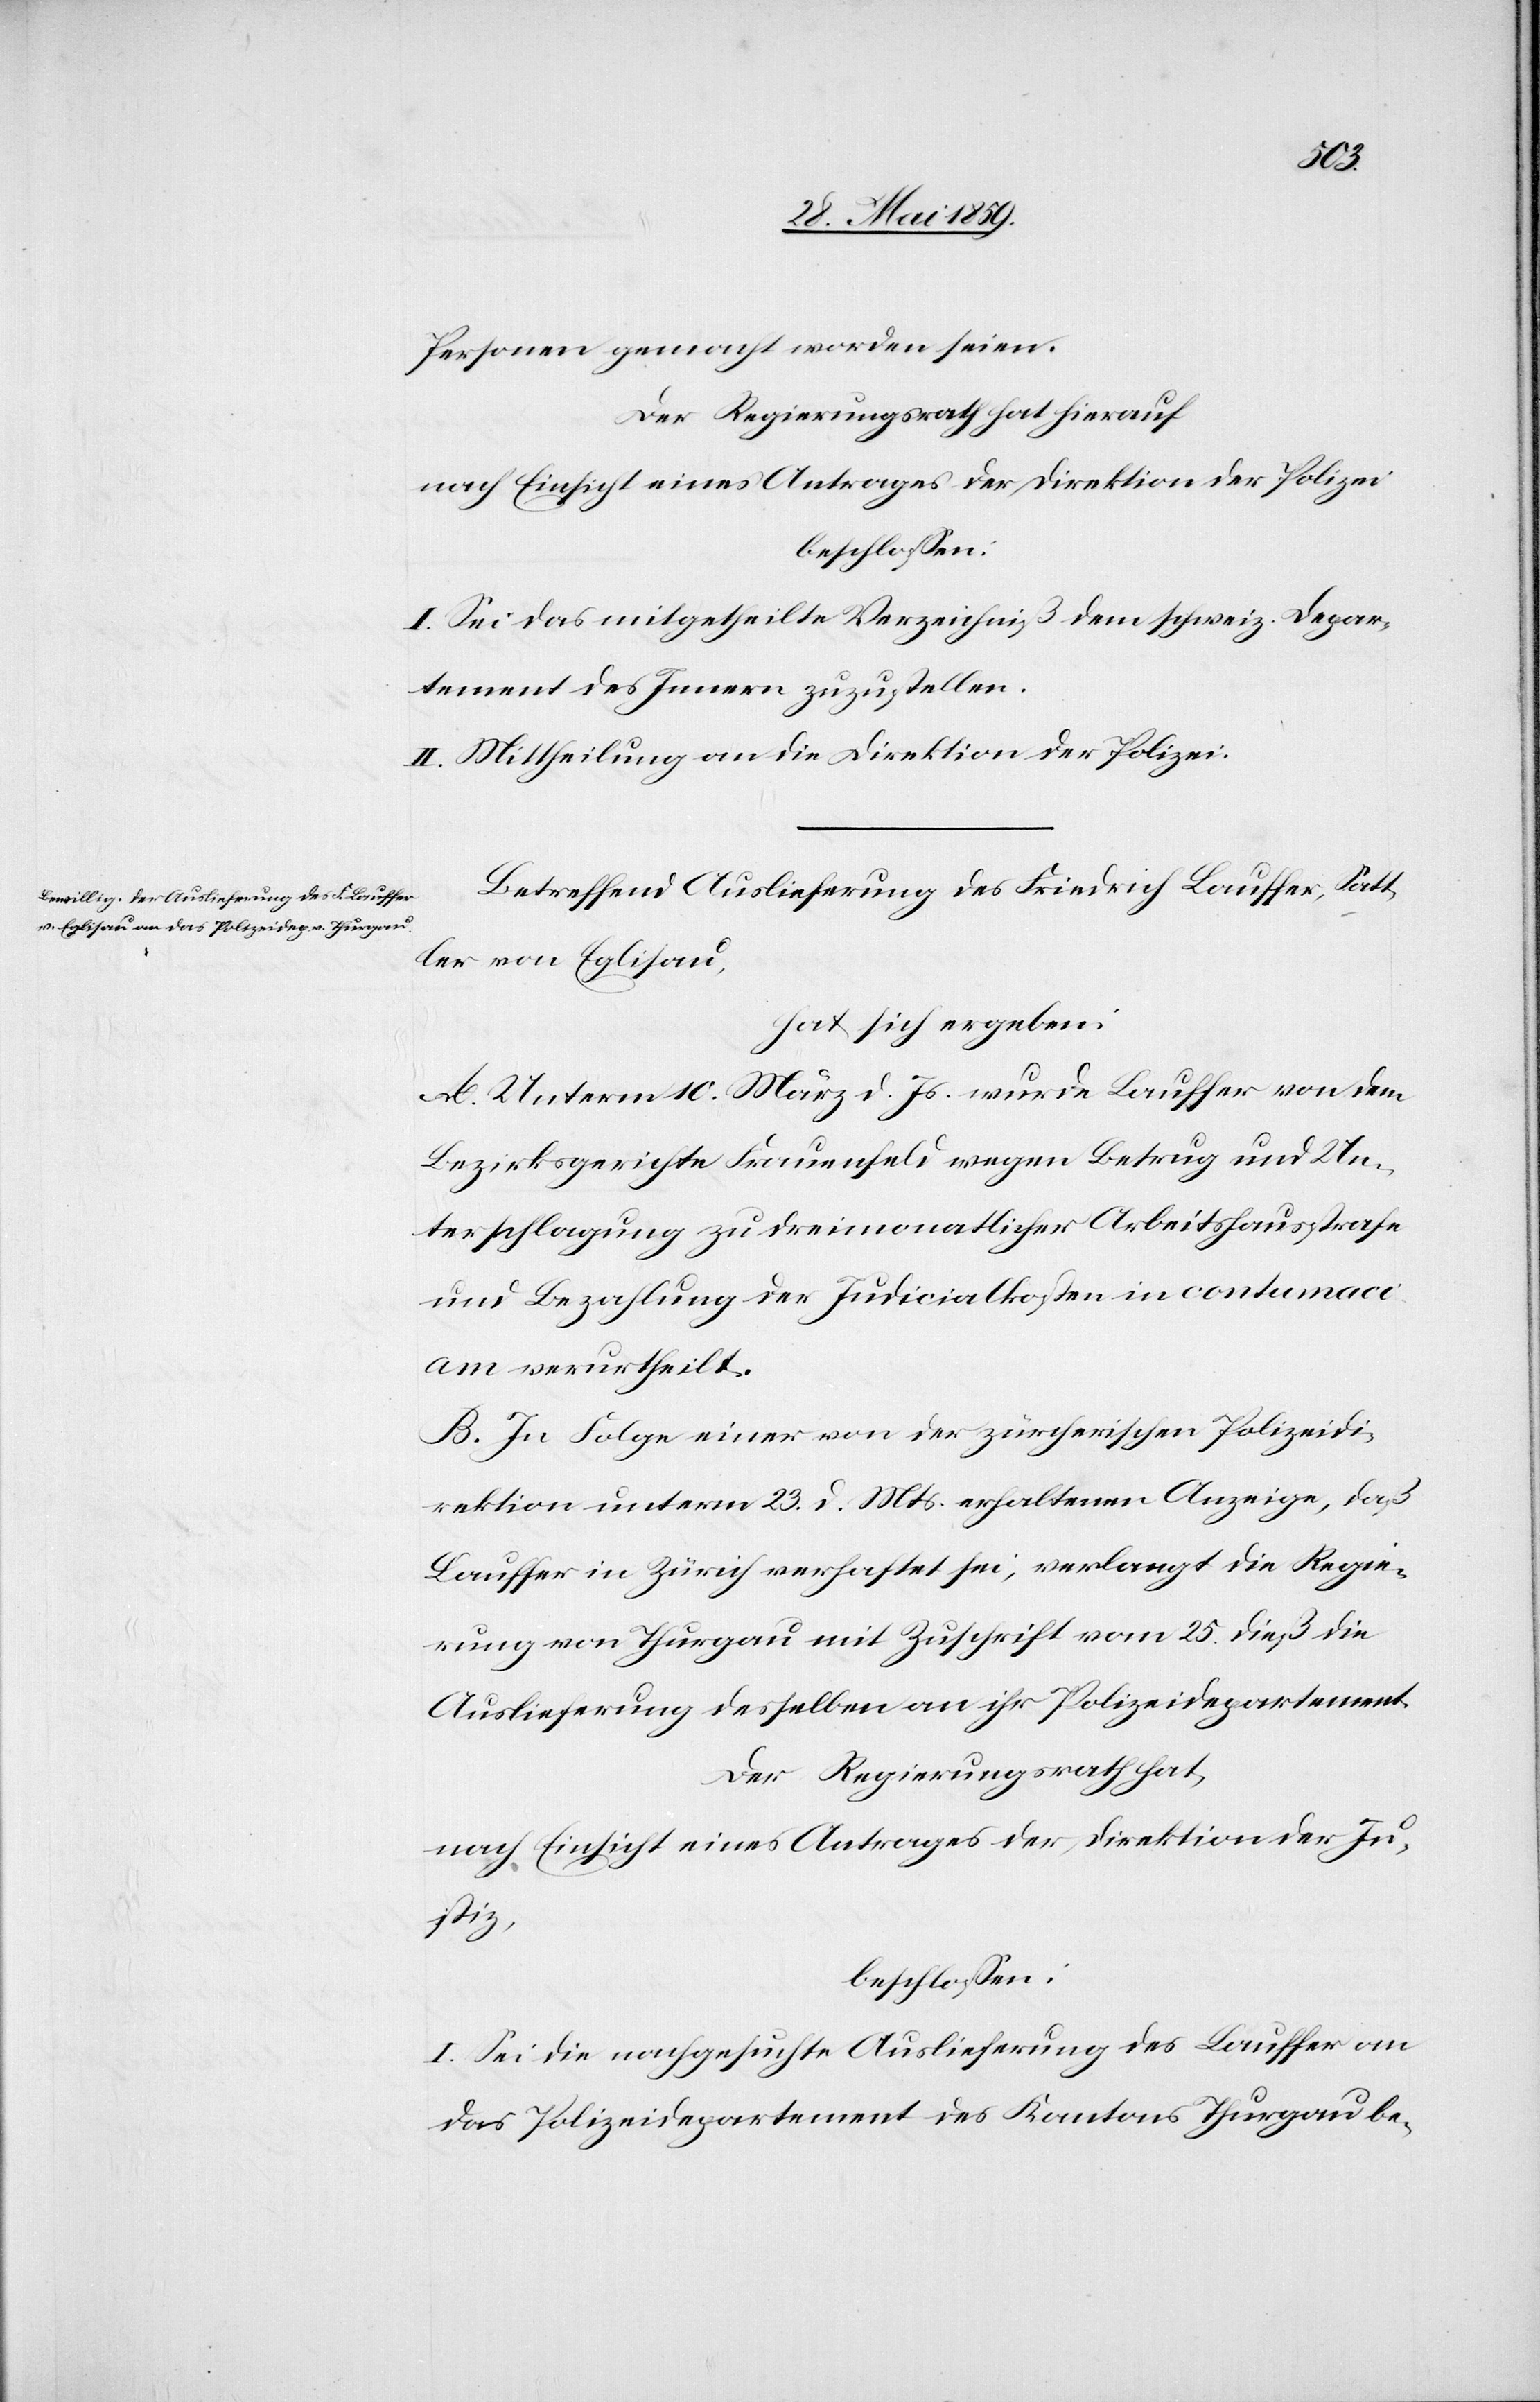
Personen gemacht worden seien.
Der Regierungsrath hat hierauf
nach Einsicht eines Antrages der Direktion der Polizei
beschlossen:
I. Sei das mitgetheilte Verzeichniß dem schweiz. Depar¬
tement des. Innern zuzustellen.
II. Mittheilung an die Direktion der Polizei.
Betreffend Auslieferung des Friedrich Lauffer, Satt¬
ler von Eglisau,
hat sich ergeben:
A. Unterm 10. März d. Js. wurde Lauffer von dem
Bezirksgerichte Frauenfeld wegen Betrug und Un¬
terschlagung zu dreimonatlicher Arbeitshausstrafe
und Bezahlung der Judicialkosten in contumaci¬
am verurtheilt.
B. In Folge einer von der zürcherischen Polizeidi¬
rektion unterm 23. d. Mts. erhaltenen Anzeige, daß
Lauffer in Zürich verhaftet sei, verlangt die Regie¬
rung von Thurgau mit Zuschrift vom 25. dieß die
Auslieferung desselben an ihr Polizeidepartement.
Der Regierungsrath hat,
nach Einsicht eines Antrages der Direktion der Ju¬
stiz,
beschlossen:
I. Sei die nachgesuchte Auslieferung des Lauffer an
das Polizeidepartement des Kantons Thurgau be-